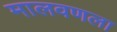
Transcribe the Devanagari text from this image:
मालवणला